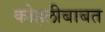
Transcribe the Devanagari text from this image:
कोहलीबाबत